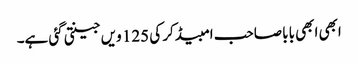
ابھی ابھی بابا صاحب امبیڈکر کی 125 ویں جینتی گئی ہے۔